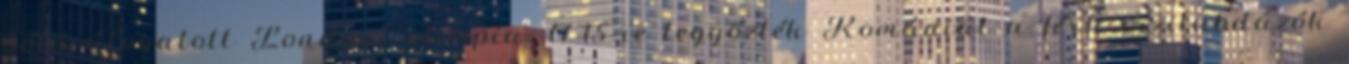
pólóválogatott Londoni olimpia. 17-15-re legyőzték Romániát a férfi vízilabdázók